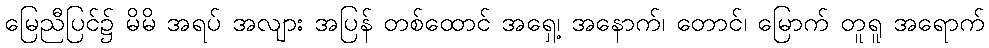
မြေညီပြင်၌ မိမိ အရပ် အလျား အပြန် တစ်ထောင် အရှေ့၊ အနောက်၊ တောင်၊ မြောက် တူရူ အရောက်